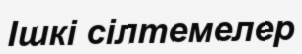
Ішкі сілтемелер